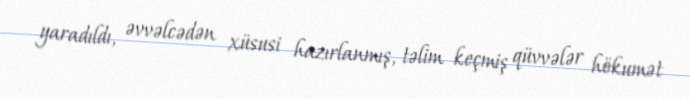
yaradıldı, əvvəlcədən xüsusi hazırlanmış, təlim keçmiş qüvvələr hökumət